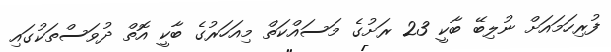
ފުރިހަމައަށް ނުލިބޭ ބާކީ 23 ރަށުގެ މަސައްކަތް މިއަހަރުގެ ބާކީ އޮތް ދުވަސްތަކުގައި